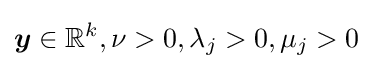
{\boldsymbol {y}}\in \mathbb {R} ^{k},\nu >0,\lambda _{j}>0,\mu _{j}>0